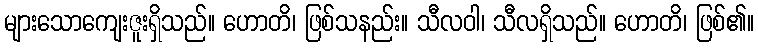
များသောကျေးဇူးရှိသည်။ ဟောတိ၊ ဖြစ်သနည်း။ သီလဝါ၊ သီလရှိသည်။ ဟောတိ၊ ဖြစ်၏။